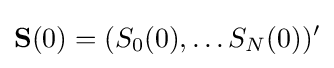
\mathbf {S} (0)=(S_{0}(0),\ldots S_{N}(0))'